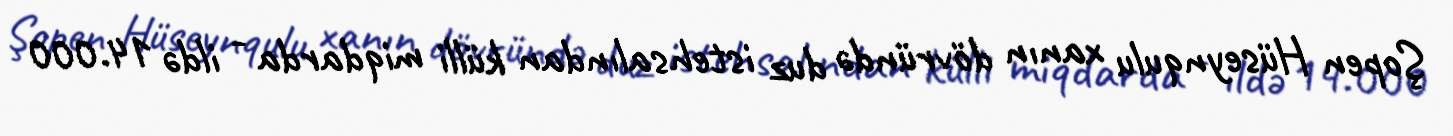
Şopen Hüseynqulu xanın dövründə duz istehsalından külli miqdarda - ildə 14.000